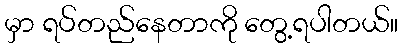
မှာ ရပ်တည်နေတာကို တွေ့ရပါတယ်။